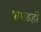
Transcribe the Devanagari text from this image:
पापडही